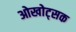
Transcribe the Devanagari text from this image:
ओखोट्सक